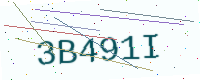
Text: 3B491I